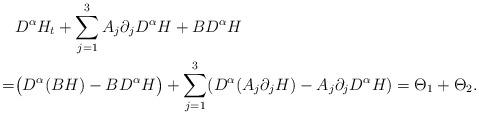
LaTeX: \begin{align*}&D^\alpha H_t+\sum_{j=1}^3 A_j \partial_jD^\alpha H+BD^\alpha H \\=&\big(D^\alpha(BH)-BD^\alpha H\big)+\sum_{j=1}^3 (D^\alpha(A_j \partial_j H)-A_j \partial_jD^\alpha H)=\Theta_1+\Theta_2.\end{align*}